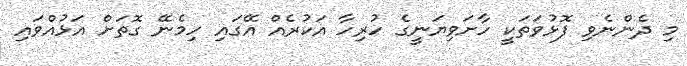
މި ދެންނެވި ފޮޅުވަތަކީ ހާށަވިޔަނީގެ ހުރިހާ އަކުރެއް އޭގައި ހިމެނޭ ގޮތަށް އަޅުއްވައި